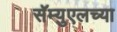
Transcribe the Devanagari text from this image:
सॅम्युएलच्या